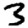
Digit: 3